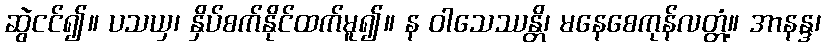
ဆွဲငင်၍။ ပသယှ၊ နှိပ်စက်နိုင်ထက်မူ၍။ န ဝါသေဿန္တိ၊ မနေစေကုန်လတ္တံ့။ အာနန္ဒ၊